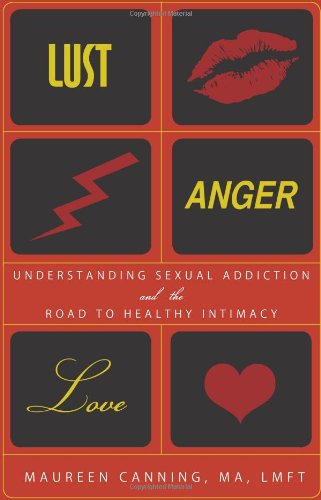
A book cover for Lust, Anger, Love: Understanding Sexual Addiction and the Road to Healthy Intimacy; Maureen Canning; Health, Fitness & Dieting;